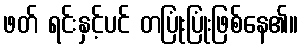
ဖတ် ရင်းနှင့်ပင် တပြုံးပြုံးဖြစ်နေ၏။